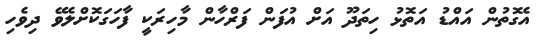
އެގޮތުން އައްޑު އަތޮޅު ހިތަދޫ އަށް އުފަން ފަރްހާން މާހިރަކީ ފާހަގަކޮށްލެވޭ ދިވެހި